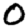
Digit: 0